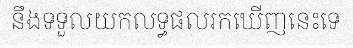
នឹងទទួលយកលទ្ធផលរកឃើញនេះទេ